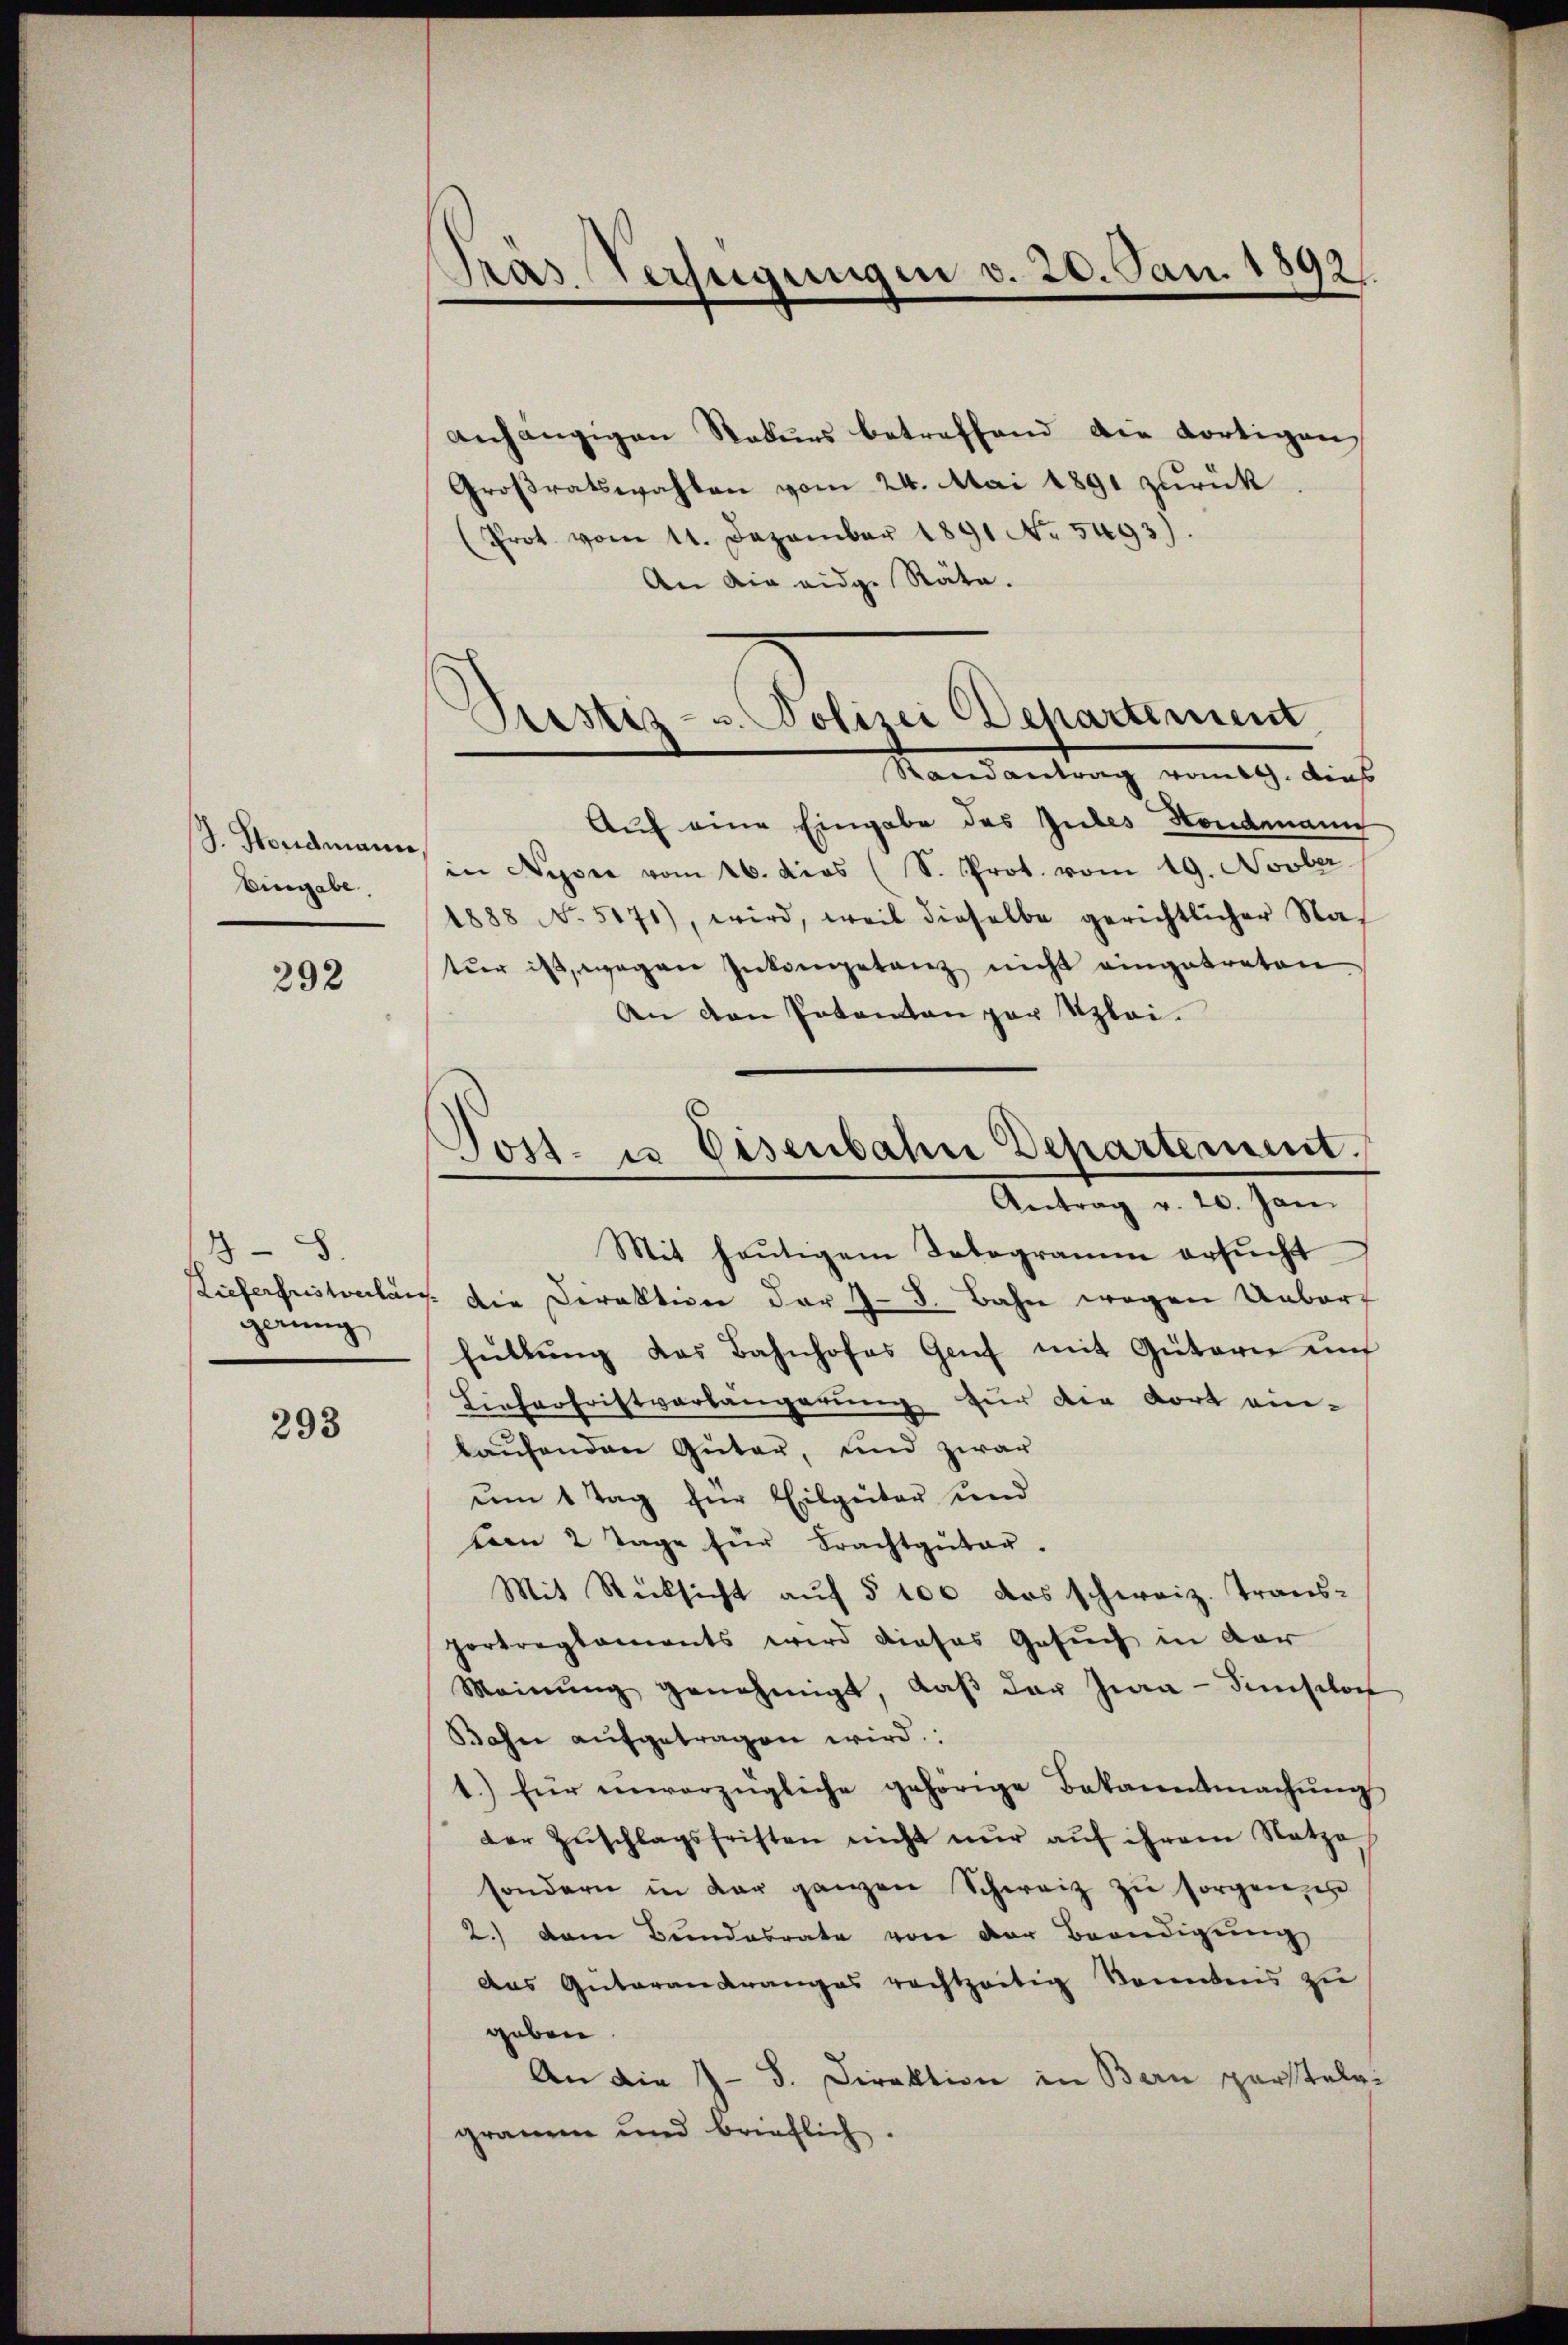
J. Hondmann
Eingabe

292

8.
Lieferfristverlän
gerung

293

anhängigen Rekurs betreffend die dortigen,
Großratswahlen vom 24. Mai 1891 zurück
Prot. vom 11. Dezember 1891 No 5493).
An die eidg. Räte.

Pras. Verfügungen v. 20. Jan. 1892.

Pristis- u. Polizei ehartement

Randantrag vom 19. dies
Auf eine Eingabe des Gutes Hondmann
in Nyon vom 26. dies (S. Prot. vom 19. Novber
1888 No. 5171), wird, weil dieselbe gerichtlicher Nat
tŭr ist, wegen Inkompetenz nicht eingetreten
An den Patenten par Klei¬

Post- u Eisenbahn Departement.
Antrag v. 20. Jan
Mit heutigem Telegramm ersucht

/ Die Direktion der 7 - 8. Bahn wegen Ueberf
füllŭng das Bahnhofes Genf mit Gütern und
Lieferfristvorlängerung für die dort einlaufenden Güter, und zwar
um 1 Tag für Eilgüter und
temn 2 Tage für Frachtguter.
Mit Rücksicht auf § 100 das schweiz. Trans-
Portreglements wird dieses Gesuch in der
Meinŭng genehmigt, daβ der Zwa-Simsilon
Bahn aŭfgetragen wird.
1.) für unvorzügliche gehörige Bekanntmachung
der Zŭschlagsfristen nicht nŭr aŭf ihrem Natzo
sondern in dar ganzen Schweiz zŭ sorgen is
2.) Dem Bundesrate von der Beendigŭng
das Güterankranges rechtzeitig konnters zu
geben.
An die 7 - 8. Direktion in Bern perstelri
grauem und brieflich.